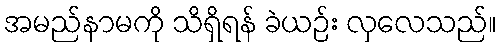
အမည်နာမကို သိရှိရန် ခဲယဉ်း လှလေသည်။